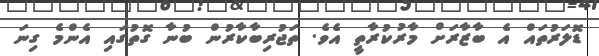
ޑޮލަރުތައް އެ ބާޒާރަށް މާރުކުރާތީ އެވެ. ތަޖުރިބާކާރުން ބުނާ ގޮތުގައި އެންމެ ގިނަ